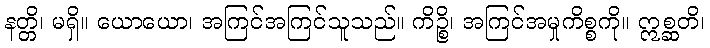
နတ္တိ၊ မရှိ။ ယောယော၊ အကြင်အကြင်သူသည်။ ကိဉ္စိ၊ အကြင်အမှုကိစ္စကို။ ဣစ္ဆတိ၊